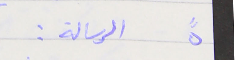
٥  رسالة :